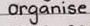
organise